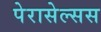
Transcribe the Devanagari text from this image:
पेरासेल्सस